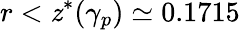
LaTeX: r<\mathit{z}^{*}(\gamma_{p})\simeq0.1715